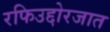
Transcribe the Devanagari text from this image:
रफिउद्दोरजात